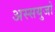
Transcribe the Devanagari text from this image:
अस्सयुजो